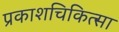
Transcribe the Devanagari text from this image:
प्रकाशचिकित्सा